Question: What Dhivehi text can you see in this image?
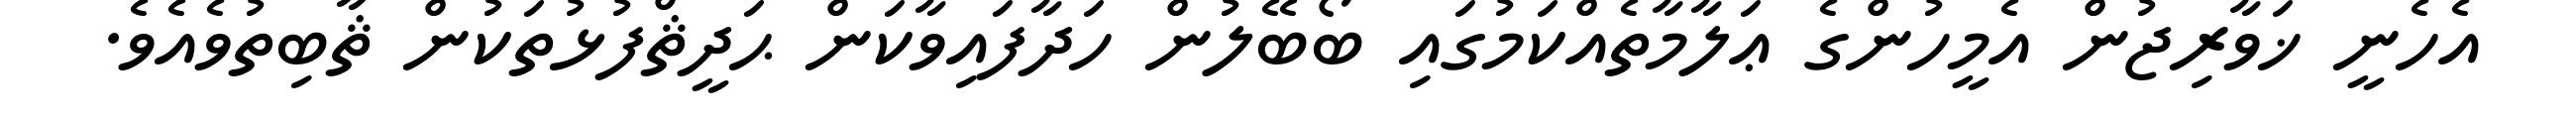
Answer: އެހެނީ ޚަވާރިޖުން އެމީހުންގެ ޢަލާމާތެއްކަމުގައި ބޯބޭލުން ހަދާފައިވާކަން ޙަދީޘްފުޅުތަކުން ޘާބިތުވެއެވެ.